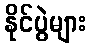
နိုင်ပွဲများ